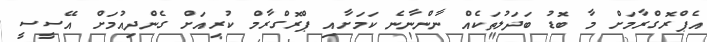
އެޕްރޮގްރާމަށް މާ ބޮޑު ބަދަލުތަކެއް ނާންނާނެ ކަމަށާއި ޕްރޮގްރާމް ކުރިއަށް ގެންދިއުމަށް އޭސީސީ